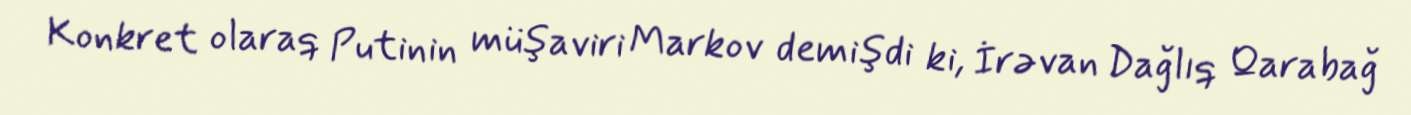
Konkret olaraq Putinin müşaviri Markov demişdi ki, İrəvan Dağlıq Qarabağ